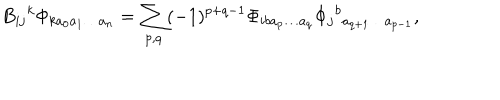
B _ { i j } { } ^ { k } \Phi _ { k a _ { 0 } a _ { 1 } \ldots a _ { n } } = \sum _ { p , q } ( - 1 ) ^ { p + q - 1 } \Phi _ { i b a _ { p } \ldots a _ { q } } \Phi _ { j } { } ^ { b } { } _ { a _ { q + 1 } \ldots a _ { p - 1 } } ,